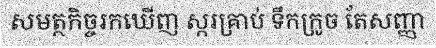
សមត្ថកិច្ចរកឃើញ ស្ករគ្រាប់ ទឹកក្រូច តែសញ្ញា